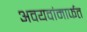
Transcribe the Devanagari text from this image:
अवयवांमार्फत